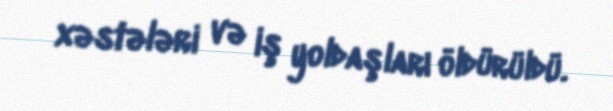
xəstələri və iş yoldaşları öldürüldü.